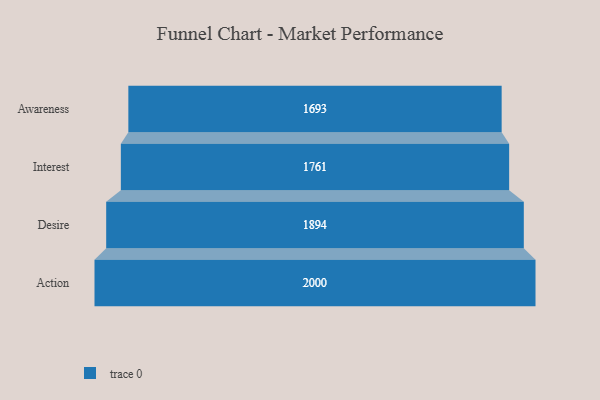
{"axis": {"x": "Stage", "y": "Value"}, "legend": [""], "data": [{"x": "Awareness", "y": 1693.0, "type": ""}, {"x": "Interest", "y": 1761.0, "type": ""}, {"x": "Desire", "y": 1894.0, "type": ""}, {"x": "Action", "y": 2000, "type": ""}]}